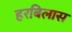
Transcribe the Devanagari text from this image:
हरबिलास